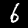
Label: 6